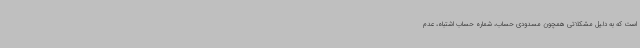
است که به دلیل مشکلاتی همچون مسدودی حساب، شماره حساب اشتباه، عدم